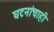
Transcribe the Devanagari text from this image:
घटनांचाही